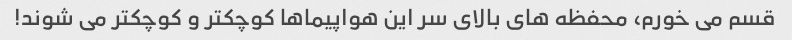
قسم می خورم، محفظه های بالای سر این هواپیماها کوچکتر و کوچکتر می شوند!